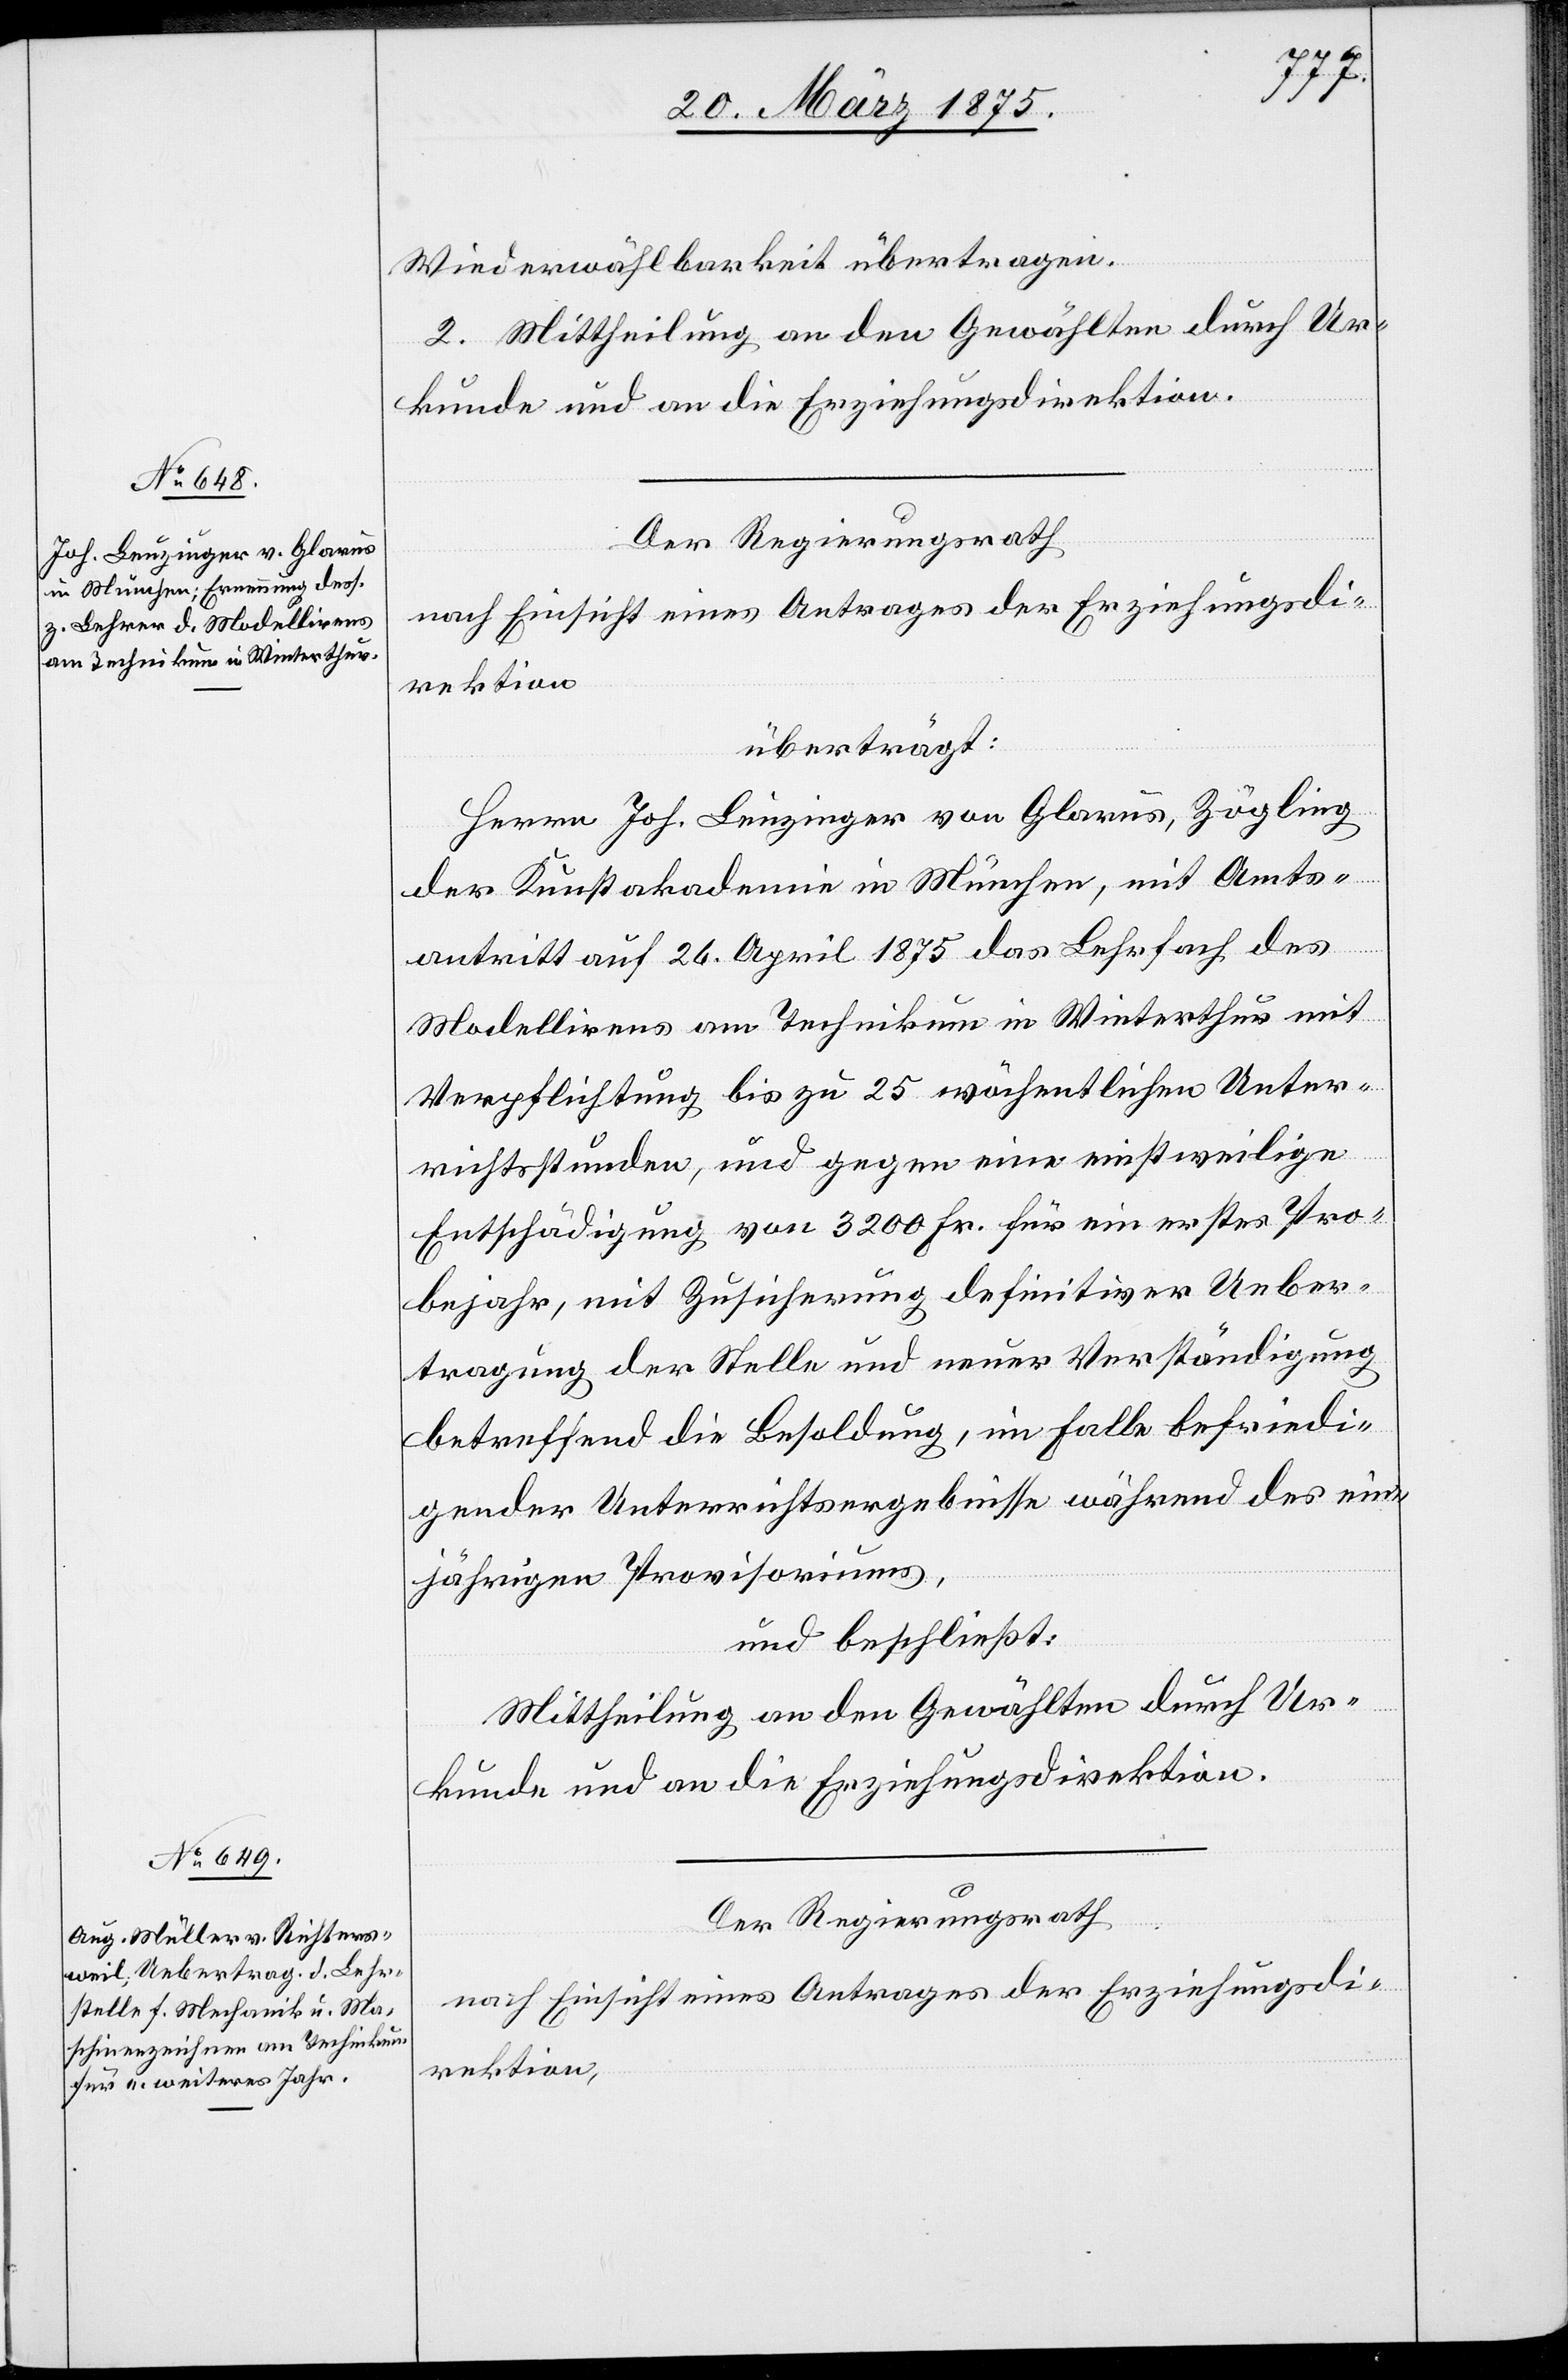
Wiederwählbarkeit übertragen.
2. Mittheilung an den Gewählten durch Ur¬
kunde und an die Erziehungsdirektion.
Der Regierungsrath
nach Einsicht eines Antrages der Erziehungsdi¬
rektion
überträgt:
Herrn Jos. Leuzinger von Glarus, Zögling
der Kunstakademie in München, mit Amts¬
antritt auf 24. April 1875 das Lehrfach des
Modellirens am Technikum in Winterthur mit
Verpflichtung bis zu 25 wöchentliche Unter¬
richtsstunden, und gegen eine einstweilige
Entschädigung von 3200 Fr. für ein erstes Pro¬
bejahr, mit Zusicherung definitiver Ueber¬
tragung der Stelle und neuer Verständigung
betreffend die Besoldung, im Falle befriedi¬
gender Unterrichtsergebnisse während des ein¬
jährigen Provisoriums,
und beschließt:
Mittheilung an den Gewählten durch Ur¬
kunde und an die Erziehungsdirektion.
Der Regierungsrath